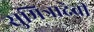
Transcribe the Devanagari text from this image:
सुमित्रादेवी